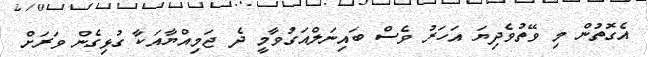
އެގޮތުން މި ވޭތުވެދިޔަ އަހަރު ވެސް ބައިނަލްއަގުވާމީ ދެ ޖަމިއްޔާއަކާ ގުޅިގެން ވަރަށް